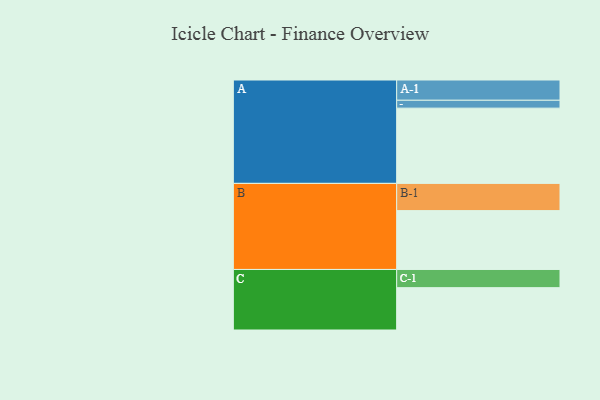
{"axis": {"x": "Segment", "y": "Value"}, "legend": ["", "A", "B", "C"], "data": [{"x": "A", "y": 583, "type": ""}, {"x": "B", "y": 456, "type": ""}, {"x": "C", "y": 328, "type": ""}, {"x": "A-1", "y": 157, "type": "A"}, {"x": "A-2", "y": 61, "type": "A"}, {"x": "B-1", "y": 211, "type": "B"}, {"x": "C-1", "y": 141, "type": "C"}]}